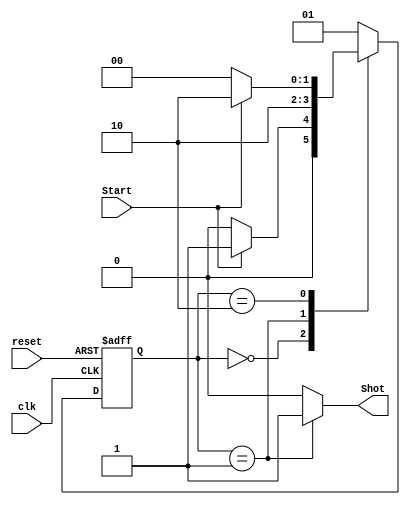

module One_Shot
(
	// Input Ports
	input clk,
	input reset,
	input Start,

	// Output Ports
	output Shot
);

localparam Waiting_Shot = 0;
localparam Shot_State = 1;
localparam Waiting_Not_Shot = 2; 

reg [1:0] state;
reg Shot_reg;
wire Not_Start;



assign Not_Start = Start;
/*------------------------------------------------------------------------------------------*/
/*Asignacion de estado*/

always@(posedge clk or negedge reset)
begin

if(reset == 1'b0) begin 
		state<=Waiting_Shot;
end
else begin
		case(state)
		
		Waiting_Shot:
			if(Not_Start == 1'b1)
				state <= Shot_State;
			else
				state <= Waiting_Shot;
				
		Shot_State:
				state <= Waiting_Not_Shot;
		
		Waiting_Not_Shot:
			if (Not_Start == 1'b1)
				state <= Waiting_Not_Shot;
			else 
				state <= Waiting_Shot;
		
		default:
				state <= Shot_State;

		endcase
	end
end//end always
/*------------------------------------------------------------------------------------------*/
/*Salida de control, proceso combintorio*/
always@(*)
begin
	case(state)
		Waiting_Shot: 
			begin
				Shot_reg=1'b0;
			end

		Shot_State: 
			begin
				Shot_reg=1'b1;
			end
			
		Waiting_Not_Shot: 
			begin
				Shot_reg=1'b0;
			end

	default: 		
		begin 
				Shot_reg=1'b0;
		end
	endcase
end

assign Shot = Shot_reg;


endmodule